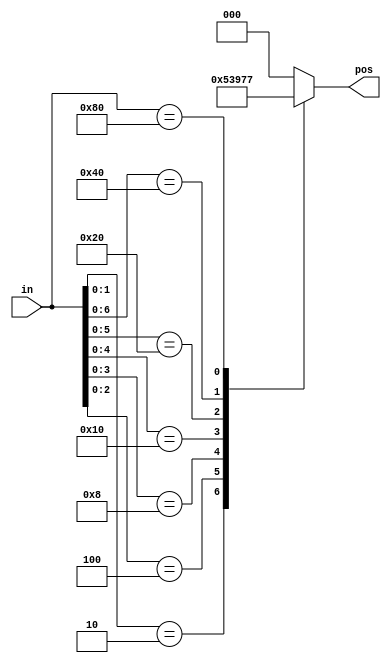
module top_module (
    input [7:0] in,
    output reg [2:0] pos  );
    always@(*)
        casez (in)
        8'bzzzz_zzz1: pos=3'o0;
        8'bzzzz_zz10: pos=3'o1;
        8'bzzzz_z100: pos=3'o2;
        8'bzzzz_1000: pos=3'o3;
        8'bzzz1_0000: pos=3'o4;
        8'bzz10_0000: pos=3'o5;
        8'bz100_0000: pos=3'o6;  
        8'b1000_0000: pos=3'o7;  
          default:pos=3'o0;
    endcase
endmodule